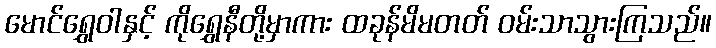
မောင်ရွှေဝါနှင့် ကိုရွှေနီတို့မှာကား ထခုန်မိမတတ် ဝမ်းသာသွားကြသည်။